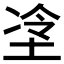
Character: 𫭶